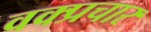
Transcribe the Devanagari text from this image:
वक्प्रचार